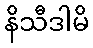
နိသီဒါမိ